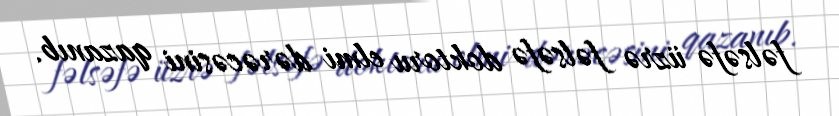
fəlsəfə üzrə fəlsəfə doktoru elmi dərəcəsini qazanıb.